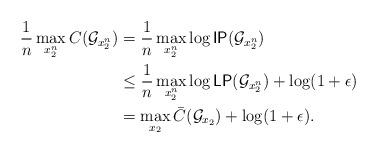
LaTeX: \begin{align*} \frac{1}{n}\max_{x_2^n} C(\mathcal G_{x_2^n}) &= \frac{1}{n}\max_{x_2^n} \log \mathsf{IP}(\mathcal G_{x_2^n})\\ &\leq \frac{1}{n}\max_{x_2^n} \log \mathsf{LP}(\mathcal G_{x_2^n})+\log (1+\epsilon)\\&= \max_{x_2}\bar{C}(\mathcal G_{x_{2}})+\log (1+\epsilon).\end{align*}